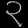
Digit: ၃